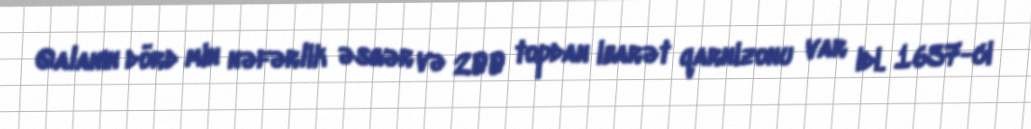
Qalanın dörd min nəfərlik əsgər və 200 topdan ibarət qarnizonu var idi. 1637-ci